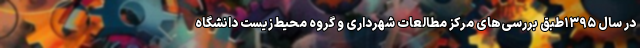
در سال ۱۳۹۵طبق بررسی‌های مرکز مطالعات شهرداری و گروه محیط‌زیست دانشگاه